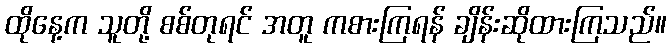
ထိုနေ့က သူတို့ စစ်တုရင် အတူ ကစားကြရန် ချိန်းဆိုထားကြသည်။